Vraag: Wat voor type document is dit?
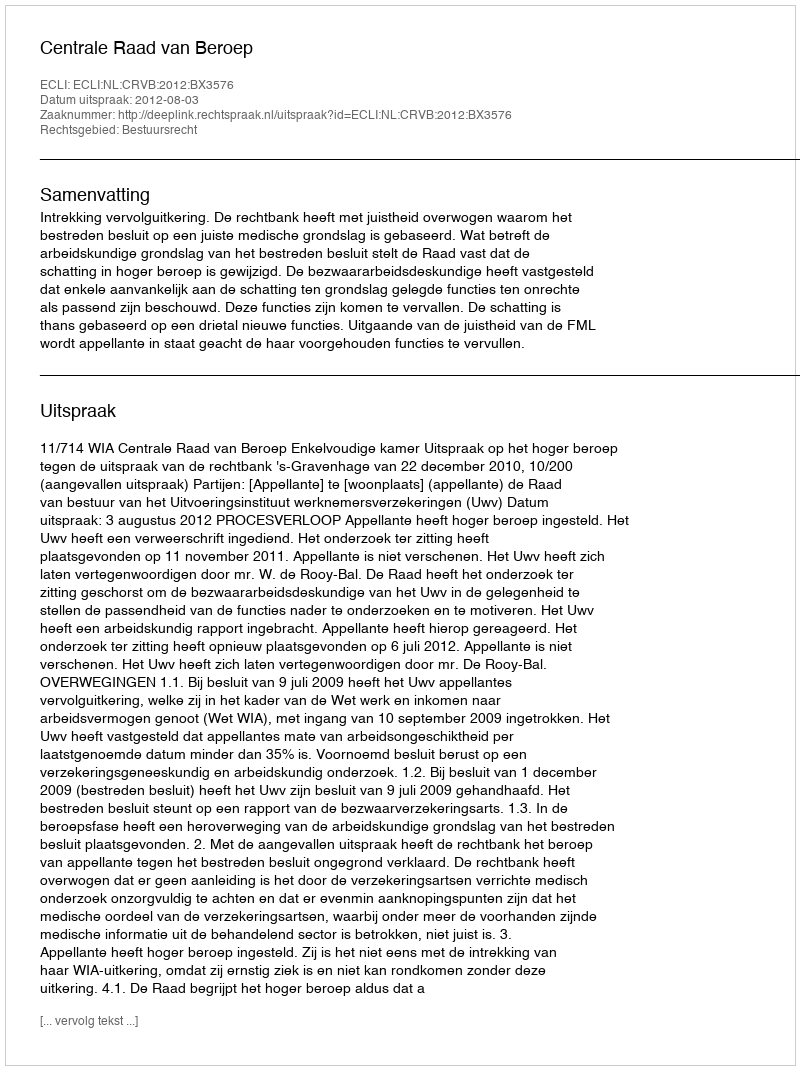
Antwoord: Uitspraak